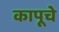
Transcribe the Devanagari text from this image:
कापूचे